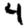
Digit: 4